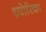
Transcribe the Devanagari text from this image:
थ्योरिका